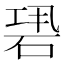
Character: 𥒽